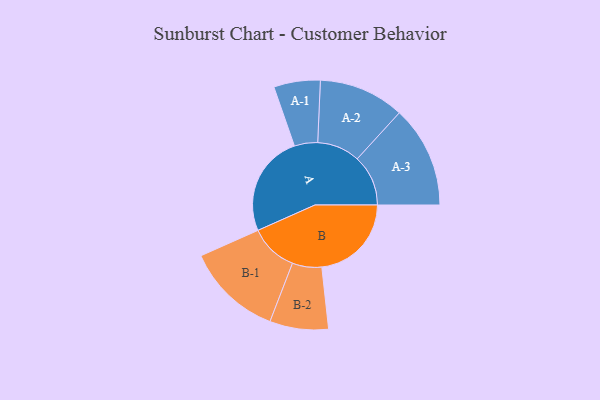
{"axis": {"x": "Segment", "y": "Value"}, "legend": ["", "A", "B"], "data": [{"x": "A", "y": 498, "type": ""}, {"x": "B", "y": 440, "type": ""}, {"x": "A-1", "y": 114, "type": "A"}, {"x": "A-2", "y": 210, "type": "A"}, {"x": "A-3", "y": 250, "type": "A"}, {"x": "B-1", "y": 236, "type": "B"}, {"x": "B-2", "y": 144, "type": "B"}]}